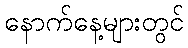
နောက်နေ့များတွင်